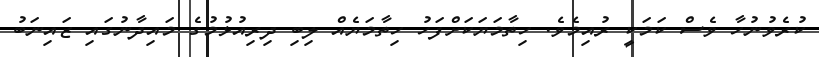
ކުރެވުނުހާ ވެސް ކަމަކީ ރުއިމެވެ. ހިތާމަޔަކަށްފަހު ހިތާމަޔެއް ލިބި ދިރިއުޅުމުގެ މައިދާނުގައި ޒައިނަބު